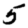
Digit: 5